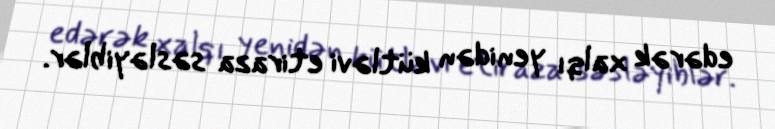
edərək xalqı yenidən kütləvi etiraza səsləyiblər.